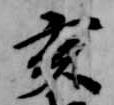
亥